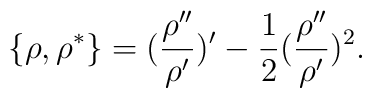
\{ \rho,\rho^*\}=(\frac{\rho ''}{\rho '})'-\frac{1}{2}(\frac{\rho ''}{\rho '})^2.